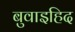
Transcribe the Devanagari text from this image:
बुवाइहिद